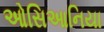
ઓસિઆનિયા